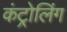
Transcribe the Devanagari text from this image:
कंट्रोलिंग